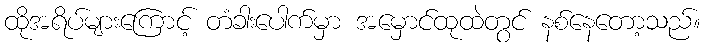
ထိုအရိပ်များကြောင့် တံခါးပေါက်မှာ အမှောင်ထုထဲတွင် နစ်နေတော့သည်။